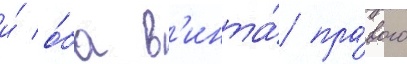
и́ о́ба в'инта́ пра́вого